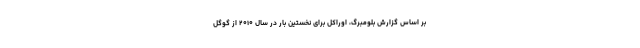
بر اساس گزارش بلومبرگ، اوراکل برای نخستین بار در سال ۲۰۱۰ از گوگل